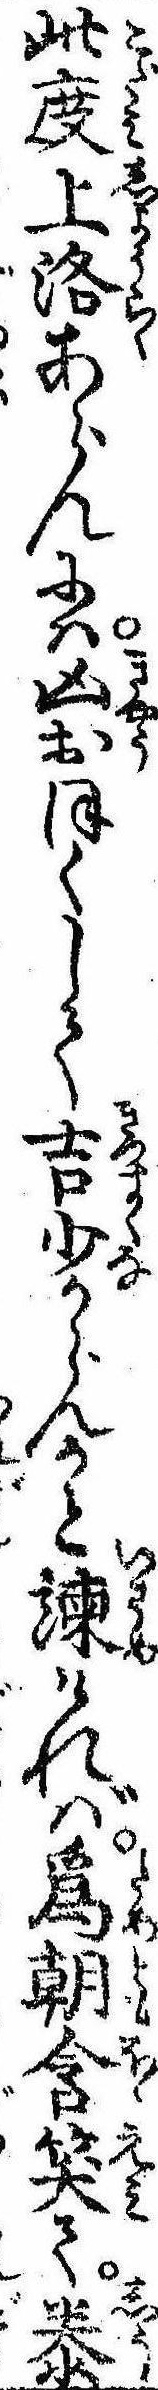
此度上洛あらんには凶おほくして吉少からんかと諌ければ為朝含笑て泰